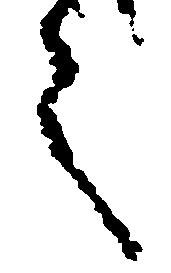
言